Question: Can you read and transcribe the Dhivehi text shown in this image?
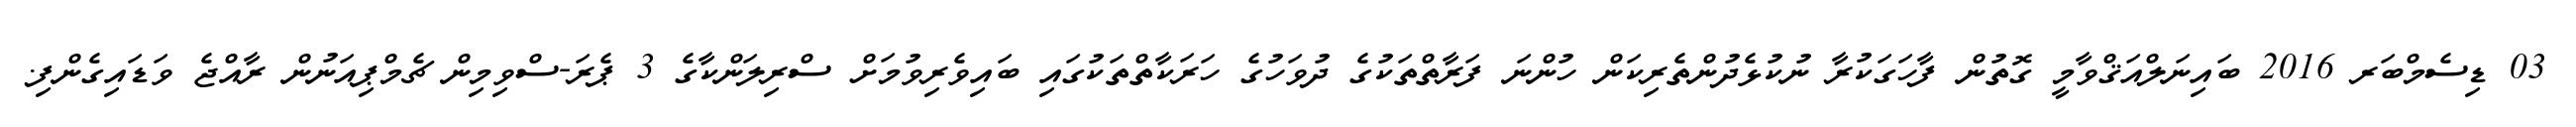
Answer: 03 ޑިސެމްބަރ 2016 ބައިނަލްއަޤްވާމީ ގޮތުން ފާހަގަކުރާ ނުކުޅެދުންތެރިކަން ހުންނަ ފަރާތްތަކުގެ ދުވަހުގެ ހަރަކާތްތަކުގައި ބައިވެރިވުމަށް ސްރިލަންކާގެ 3 ޕެރަ-ސްވިމިން ޗެމްޕިއަނުން ރާއްޖެ ވަޑައިގެންފި.